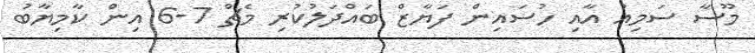
މޫސާ ސަމިއު އާއި ހުސައިން ފަޔާޒް ބައްދަލުކުރި މެޗް 7-6 އިން ކާމިޔާބު